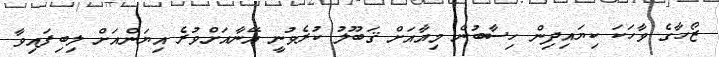
ޒޯހާގެ ވާހަކަ ކިޔައިދިން ހިސާބުން މިއާއަށް ޤަބޫލު ކުރެވުނީ އޭނާއަށްވުރެ އިޔަންއަށް ލިބިފައިވާ